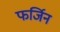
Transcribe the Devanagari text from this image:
फर्जिन